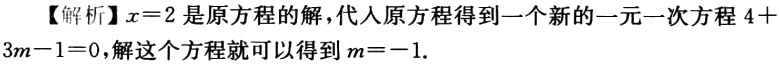
【解析】$x = 2$是原方程的解，代入原方程得到一个新的一元一次方程$4 + 3m - 1 = 0$，解这个方程就可以得到$m = - 1$.